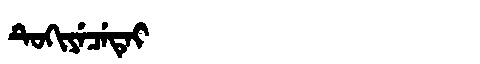
Manchu: ᡨᡠᡴᡳᠶᡝᠴᡝᡨᡝᡳ
Romanization: TUKIYECETEI